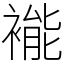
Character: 褦